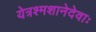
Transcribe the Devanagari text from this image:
येत्रश्मशानेदेवाः